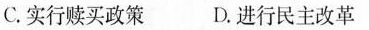
C.实行赎买政策 D.进行民主改革